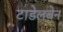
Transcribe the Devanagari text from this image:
टाडेलबेन